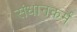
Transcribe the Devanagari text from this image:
संधानकर्म